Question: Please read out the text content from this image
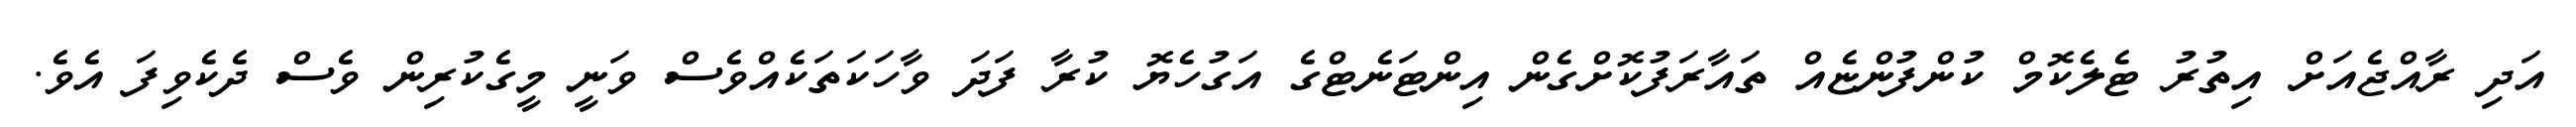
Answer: އަދި ރާއްޖެއަށް އިތުރު ޓެލެކޮމް ކުންފުންޏެއް ތައާރަފުކޮށްގެން އިންޓަނެޓްގެ އަގުހެޔޮ ކުރާ ފަދަ ވާހަކަތަކެއްވެސް ވަނީ މީގެކުރިން ވެސް ދެކެވިފަ އެވެ.